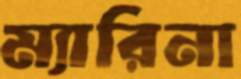
ম্যারিনা